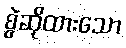
စွဲဆိုထားသော